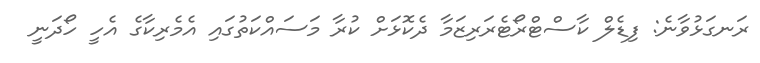
ރަނގަޅުވާނެ: ފިޑެލް ކާސްޓްރޯޓެރަރިޒަމާ ދެކޮޅަށް ކުރާ މަސައްކަތުގައި އެމެރިކާގެ އެހީ ހޯދަނީ